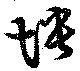
怏